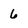
Character: 6